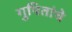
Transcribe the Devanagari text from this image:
गुपितांचे